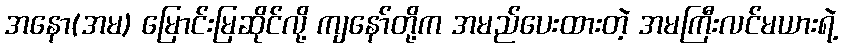
အနော(အမ) မြောင်းမြဆိုင်လို့ ကျနော်တို့က အမည်ပေးထားတဲ့ အမကြီးလင်မယားရဲ့